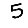
Digit: 5